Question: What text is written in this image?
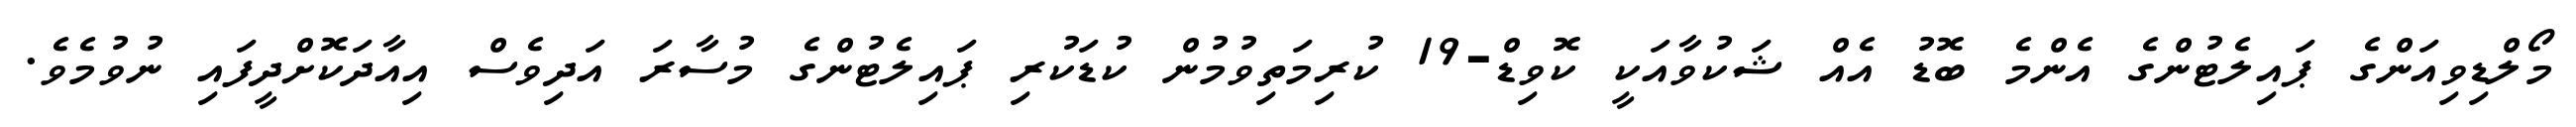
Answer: މޯލްޑިވިއަންގެ ޕައިލެޓުންގެ އެންމެ ބޮޑު އެއް ޝަކުވާއަކީ ކޮވިޑް-19 ކުރިމަތިވުމުން ކުޑަކުރި ޕައިލެޓުންގެ މުސާރަ އަދިވެސް އިއާދަކޮށްދީފައި ނުވުމެވެ.